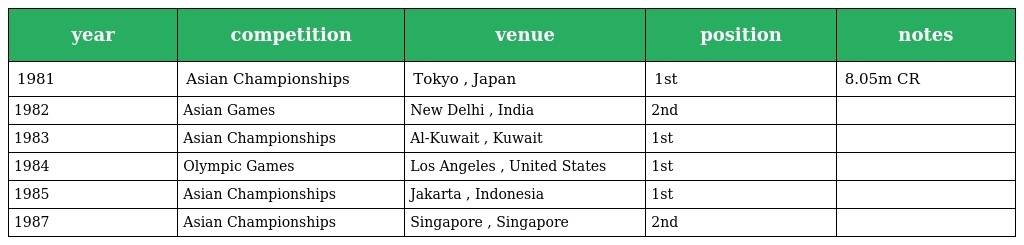
| year | competition | venue | position | notes |
 | --- | --- | --- | --- | --- |
 | 1981 | Asian Championships | Tokyo , Japan | 1st | 8.05m CR |
 | 1982 | Asian Games | New Delhi , India | 2nd |  |
 | 1983 | Asian Championships | Al-Kuwait , Kuwait | 1st |  |
 | 1984 | Olympic Games | Los Angeles , United States | 1st |  |
 | 1985 | Asian Championships | Jakarta , Indonesia | 1st |  |
 | 1987 | Asian Championships | Singapore , Singapore | 2nd |  |